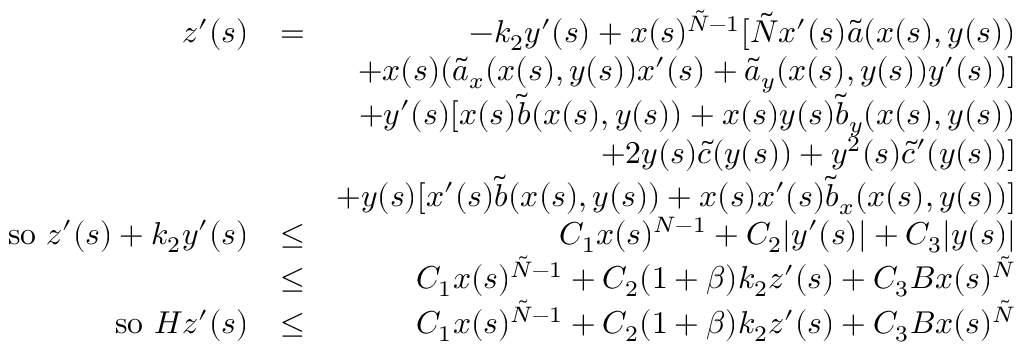
\begin{array} { r l r } { z ^ { \prime } ( s ) } & { = } & { - k _ { 2 } y ^ { \prime } ( s ) + x ( s ) ^ { \tilde { N } - 1 } [ \tilde { N } x ^ { \prime } ( s ) \tilde { a } ( x ( s ) , y ( s ) ) } \\ & { } & { + x ( s ) ( \tilde { a } _ { x } ( x ( s ) , y ( s ) ) x ^ { \prime } ( s ) + \tilde { a } _ { y } ( x ( s ) , y ( s ) ) y ^ { \prime } ( s ) ) ] } \\ & { } & { + y ^ { \prime } ( s ) [ x ( s ) \tilde { b } ( x ( s ) , y ( s ) ) + x ( s ) y ( s ) \tilde { b } _ { y } ( x ( s ) , y ( s ) ) } \\ & { } & { + 2 y ( s ) \tilde { c } ( y ( s ) ) + y ^ { 2 } ( s ) \tilde { c } ^ { \prime } ( y ( s ) ) ] } \\ & { } & { + y ( s ) [ x ^ { \prime } ( s ) \tilde { b } ( x ( s ) , y ( s ) ) + x ( s ) x ^ { \prime } ( s ) \tilde { b } _ { x } ( x ( s ) , y ( s ) ) ] } \\ { \mathrm { s o ~ } z ^ { \prime } ( s ) + k _ { 2 } y ^ { \prime } ( s ) } & { \leq } & { C _ { 1 } x ( s ) ^ { N - 1 } + C _ { 2 } | y ^ { \prime } ( s ) | + C _ { 3 } | y ( s ) | } \\ & { \leq } & { C _ { 1 } x ( s ) ^ { \tilde { N } - 1 } + C _ { 2 } ( 1 + \beta ) k _ { 2 } z ^ { \prime } ( s ) + C _ { 3 } B x ( s ) ^ { \tilde { N } } } \\ { \mathrm { s o ~ } H z ^ { \prime } ( s ) } & { \leq } & { C _ { 1 } x ( s ) ^ { \tilde { N } - 1 } + C _ { 2 } ( 1 + \beta ) k _ { 2 } z ^ { \prime } ( s ) + C _ { 3 } B x ( s ) ^ { \tilde { N } } } \end{array}